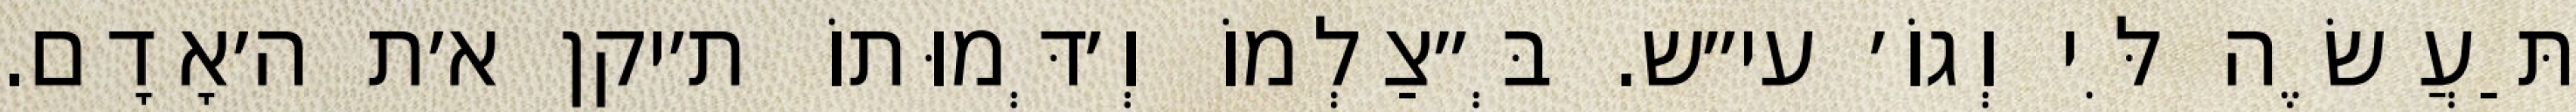
תַּעֲשֶׂה לִּי וְגוֹ׳ עי״ש. בְּ״צַלְמוֹ וְ׳דְּמוּתוֹ ת׳יקן א׳ת ה׳אָדָם.